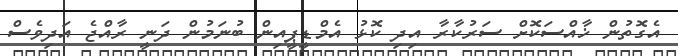
އެގޮތުން ޚާއްސަކޮށް ސަރުކާރާ އިދި ކޮޅު އެމްޑީޕީއިން ބުނަމުން ދަނީ ރާއްޖެ އަދިވެސް